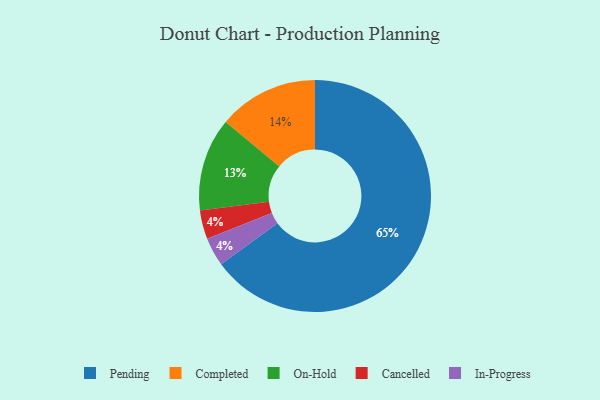
{"axis": {"x": "Category", "y": "Percentage"}, "legend": ["Cancelled", "Completed", "In-Progress", "On-Hold", "Pending"], "data": [{"x": "Completed", "y": 14, "type": "Completed"}, {"x": "Cancelled", "y": 4, "type": "Cancelled"}, {"x": "Pending", "y": 65, "type": "Pending"}, {"x": "In-Progress", "y": 4, "type": "In-Progress"}, {"x": "On-Hold", "y": 13, "type": "On-Hold"}]}